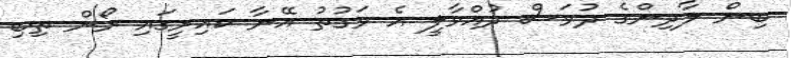
ބިން ލާދިންގެ ދުވަސް ދުއްވާލީ އެ ވަގުތު އޭނާ ކައިރީގައި ރޯން ތިބި